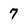
Character: 7